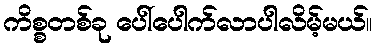
ကိစ္စတစ်ခု ပေါ်ပေါက်လာပါလိမ့်မယ်။